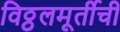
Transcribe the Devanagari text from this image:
विठ्ठलमूर्तीची